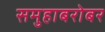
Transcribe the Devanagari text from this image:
समुहाबरोबर